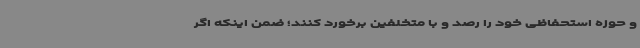
و حوزه استحفاظی خود را رصد و با متخلفین برخورد کنند؛ ضمن اینکه اگر